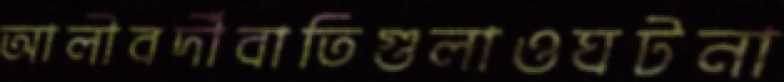
আলীবর্দীবাতিগুলাওঘটনা